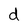
Character: d